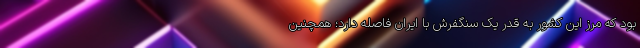
بود که مرز این کشور به قدر یک سنگفرش با ایران فاصله دارد؛ همچنین